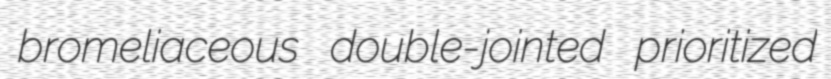
bromeliaceous double-jointed prioritized